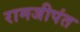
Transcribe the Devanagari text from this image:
रामजीपंत